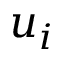
u _ { i }